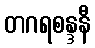
တဂရစန္ဒနီ